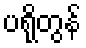
ပရိုတွန်